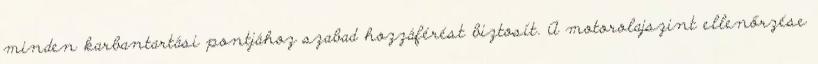
minden karbantartási pontjához szabad hozzáférést biztosít. A motorolajszint ellenőrzése